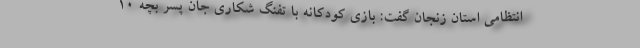
انتظامی استان زنجان گفت: بازی کودکانه با تفنگ شکاری جان پسر بچه 10